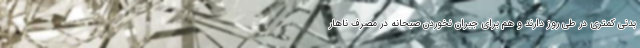
بدنی کمتری در طی روز دارند و هم برای جبران نخوردن صبحانه در مصرف ناهار